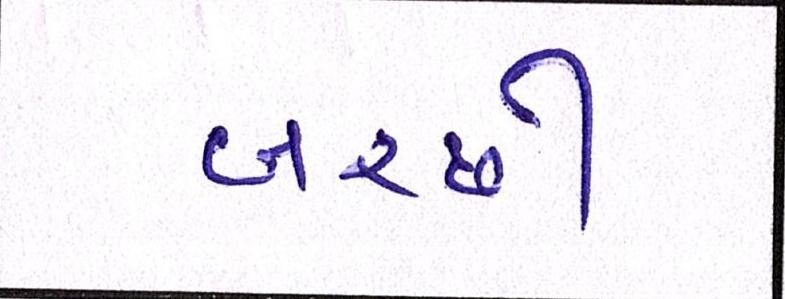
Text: બરછી